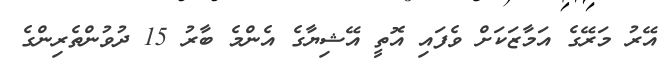
އޭރު މަރޭގެ އަމާޒަކަށް ވެފައި އޮތީ އޭޝިޔާގެ އެންމެ ބާރު 15 ދުވުންތެރިންގެ